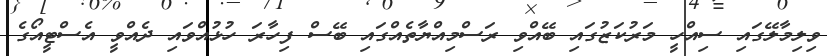
ވިލިމާލޭގައި ސިއްހީ މަރުކަޒުގައި ބޭއްވި ރަސްމިއްޔާތެއްގައި ބޭސް ފިހާރަ ހުޅުއްވައި ދެއްވީ އެސްޓީއޯގެ